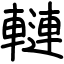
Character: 轋